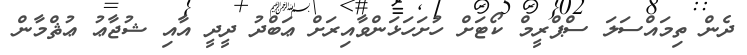
ދެން ތިމައްސަލަ ސްޕްރީމް ކޯޓަށް ހުށަހަޅަންވާއިރަށް ޢަބްދު ދީދީ އާއި ޝުޖާޢު ޢުޘްމާން